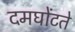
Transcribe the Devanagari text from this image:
दमघोंटते